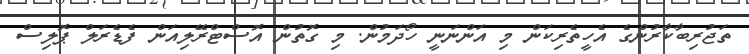
ތަޖުރިބާކާރުންގެ އެހީތެރިކަން މި އަންނަނީ ހޯދަމުން. މި ގޮތުން އޮސްޓްރޭލިއަން ފެޑެރަލް ޕޮލިސް